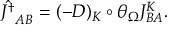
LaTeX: \hat { J ^ { \dagger } } _ { A B } = ( - D ) _ { K } \circ \theta _ { \Omega } J _ { B A } ^ { K } .